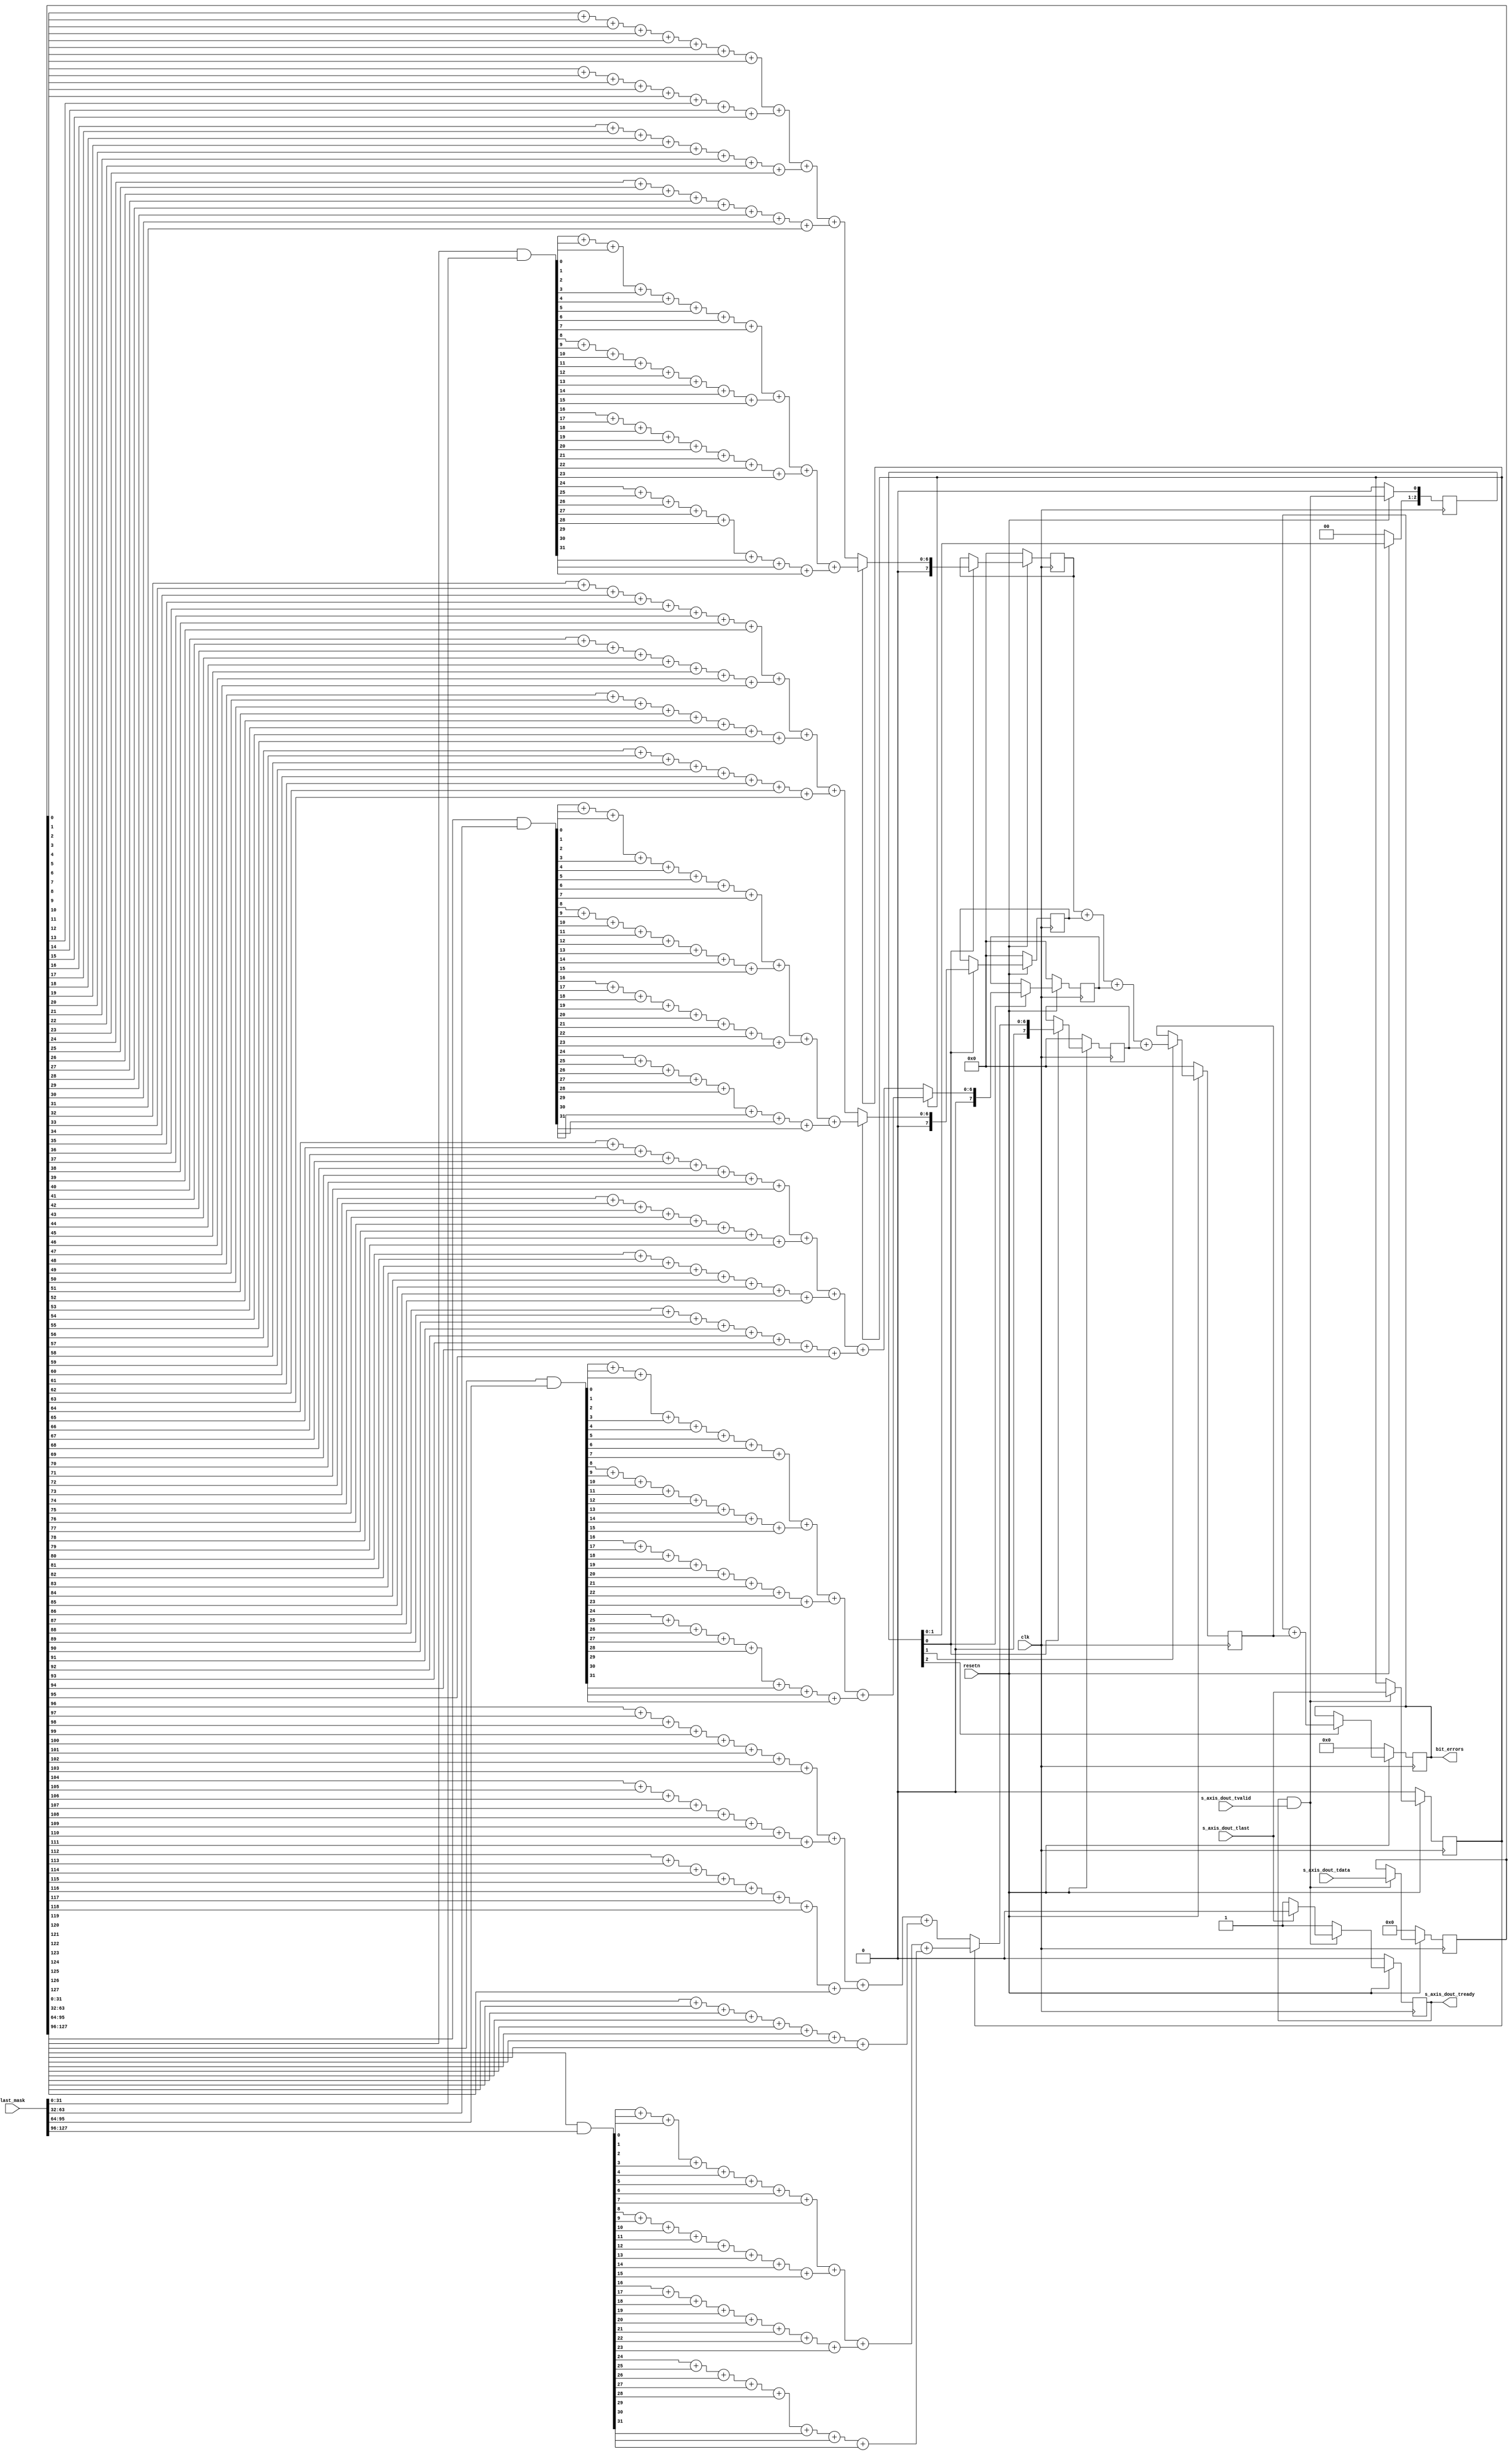
module ldpc_ber_tester_ber_counter (
    input                   clk,
    input                   resetn,

    input       [127:0]     last_mask,

    input       [127:0]     s_axis_dout_tdata,
    input                   s_axis_dout_tvalid,
    output reg              s_axis_dout_tready,
    input                   s_axis_dout_tlast,

    output reg  [ 63:0]     bit_errors
);

    function automatic [6:0] popcount_8(input [7:0] bits);
        popcount_8 = bits[0] + bits[1] + bits[2] + bits[3] + bits[4] + bits[5] + bits[6] + bits[7];    
    endfunction

    function automatic [6:0] popcount_32(input [31:0] bits);
        popcount_32 = popcount_8(bits[7:0]) + popcount_8(bits[15:8]) + popcount_8(bits[23:16]) + popcount_8(bits[31:24]);
    endfunction

    reg [127:0] data_d;
    reg         last_d;
    reg [7:0] popcount_d [0:3];
    reg [7:0] popcount;
    reg [2:0] valid;
    reg [9:0] i;

    always @(posedge clk) begin
        if (!resetn) begin
            bit_errors <= 'h0;
            s_axis_dout_tready <= 'h0;
            data_d <= 'h0;
            last_d <= 'h0;

            for (i = 0; i < 4; i = i + 1)
                popcount_d[i] <= 'h0;

            popcount <= 'h0;

            valid <= 'h0;
        end else begin
            s_axis_dout_tready <= 'h1;

            if (s_axis_dout_tready && s_axis_dout_tvalid) begin
                data_d <= s_axis_dout_tdata;
                last_d <= s_axis_dout_tlast;

                if (s_axis_dout_tlast)
                    s_axis_dout_tready <= 'h0;
            end
            valid[0] <= s_axis_dout_tready && s_axis_dout_tvalid;

            if (valid[0]) begin
                for (i = 0; i < 4; i = i + 1) begin
                    if (last_d)
                        popcount_d[i] <= popcount_32(data_d[i*32 +: 32] & last_mask[i*32 +: 32]);
                    else
                        popcount_d[i] <= popcount_32(data_d[i*32 +: 32]);
                end
            end

            if (valid[1])
                popcount <= popcount_d[0] + popcount_d[1] + popcount_d[2] + popcount_d[3];

            if (valid[2])
                bit_errors <= bit_errors + {56'h0, popcount};

            valid[2:1] <= valid[1:0];
        end
    end

endmodule